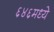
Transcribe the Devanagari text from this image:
६४६मध्ये